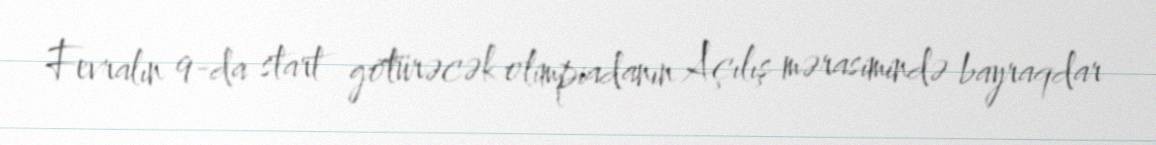
Fevralın 9-da start götürəcək olimpiadanın Açılış mərasimində bayraqdar